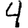
Digit: 4